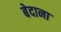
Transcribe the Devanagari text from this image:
बेदाना